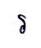
រ